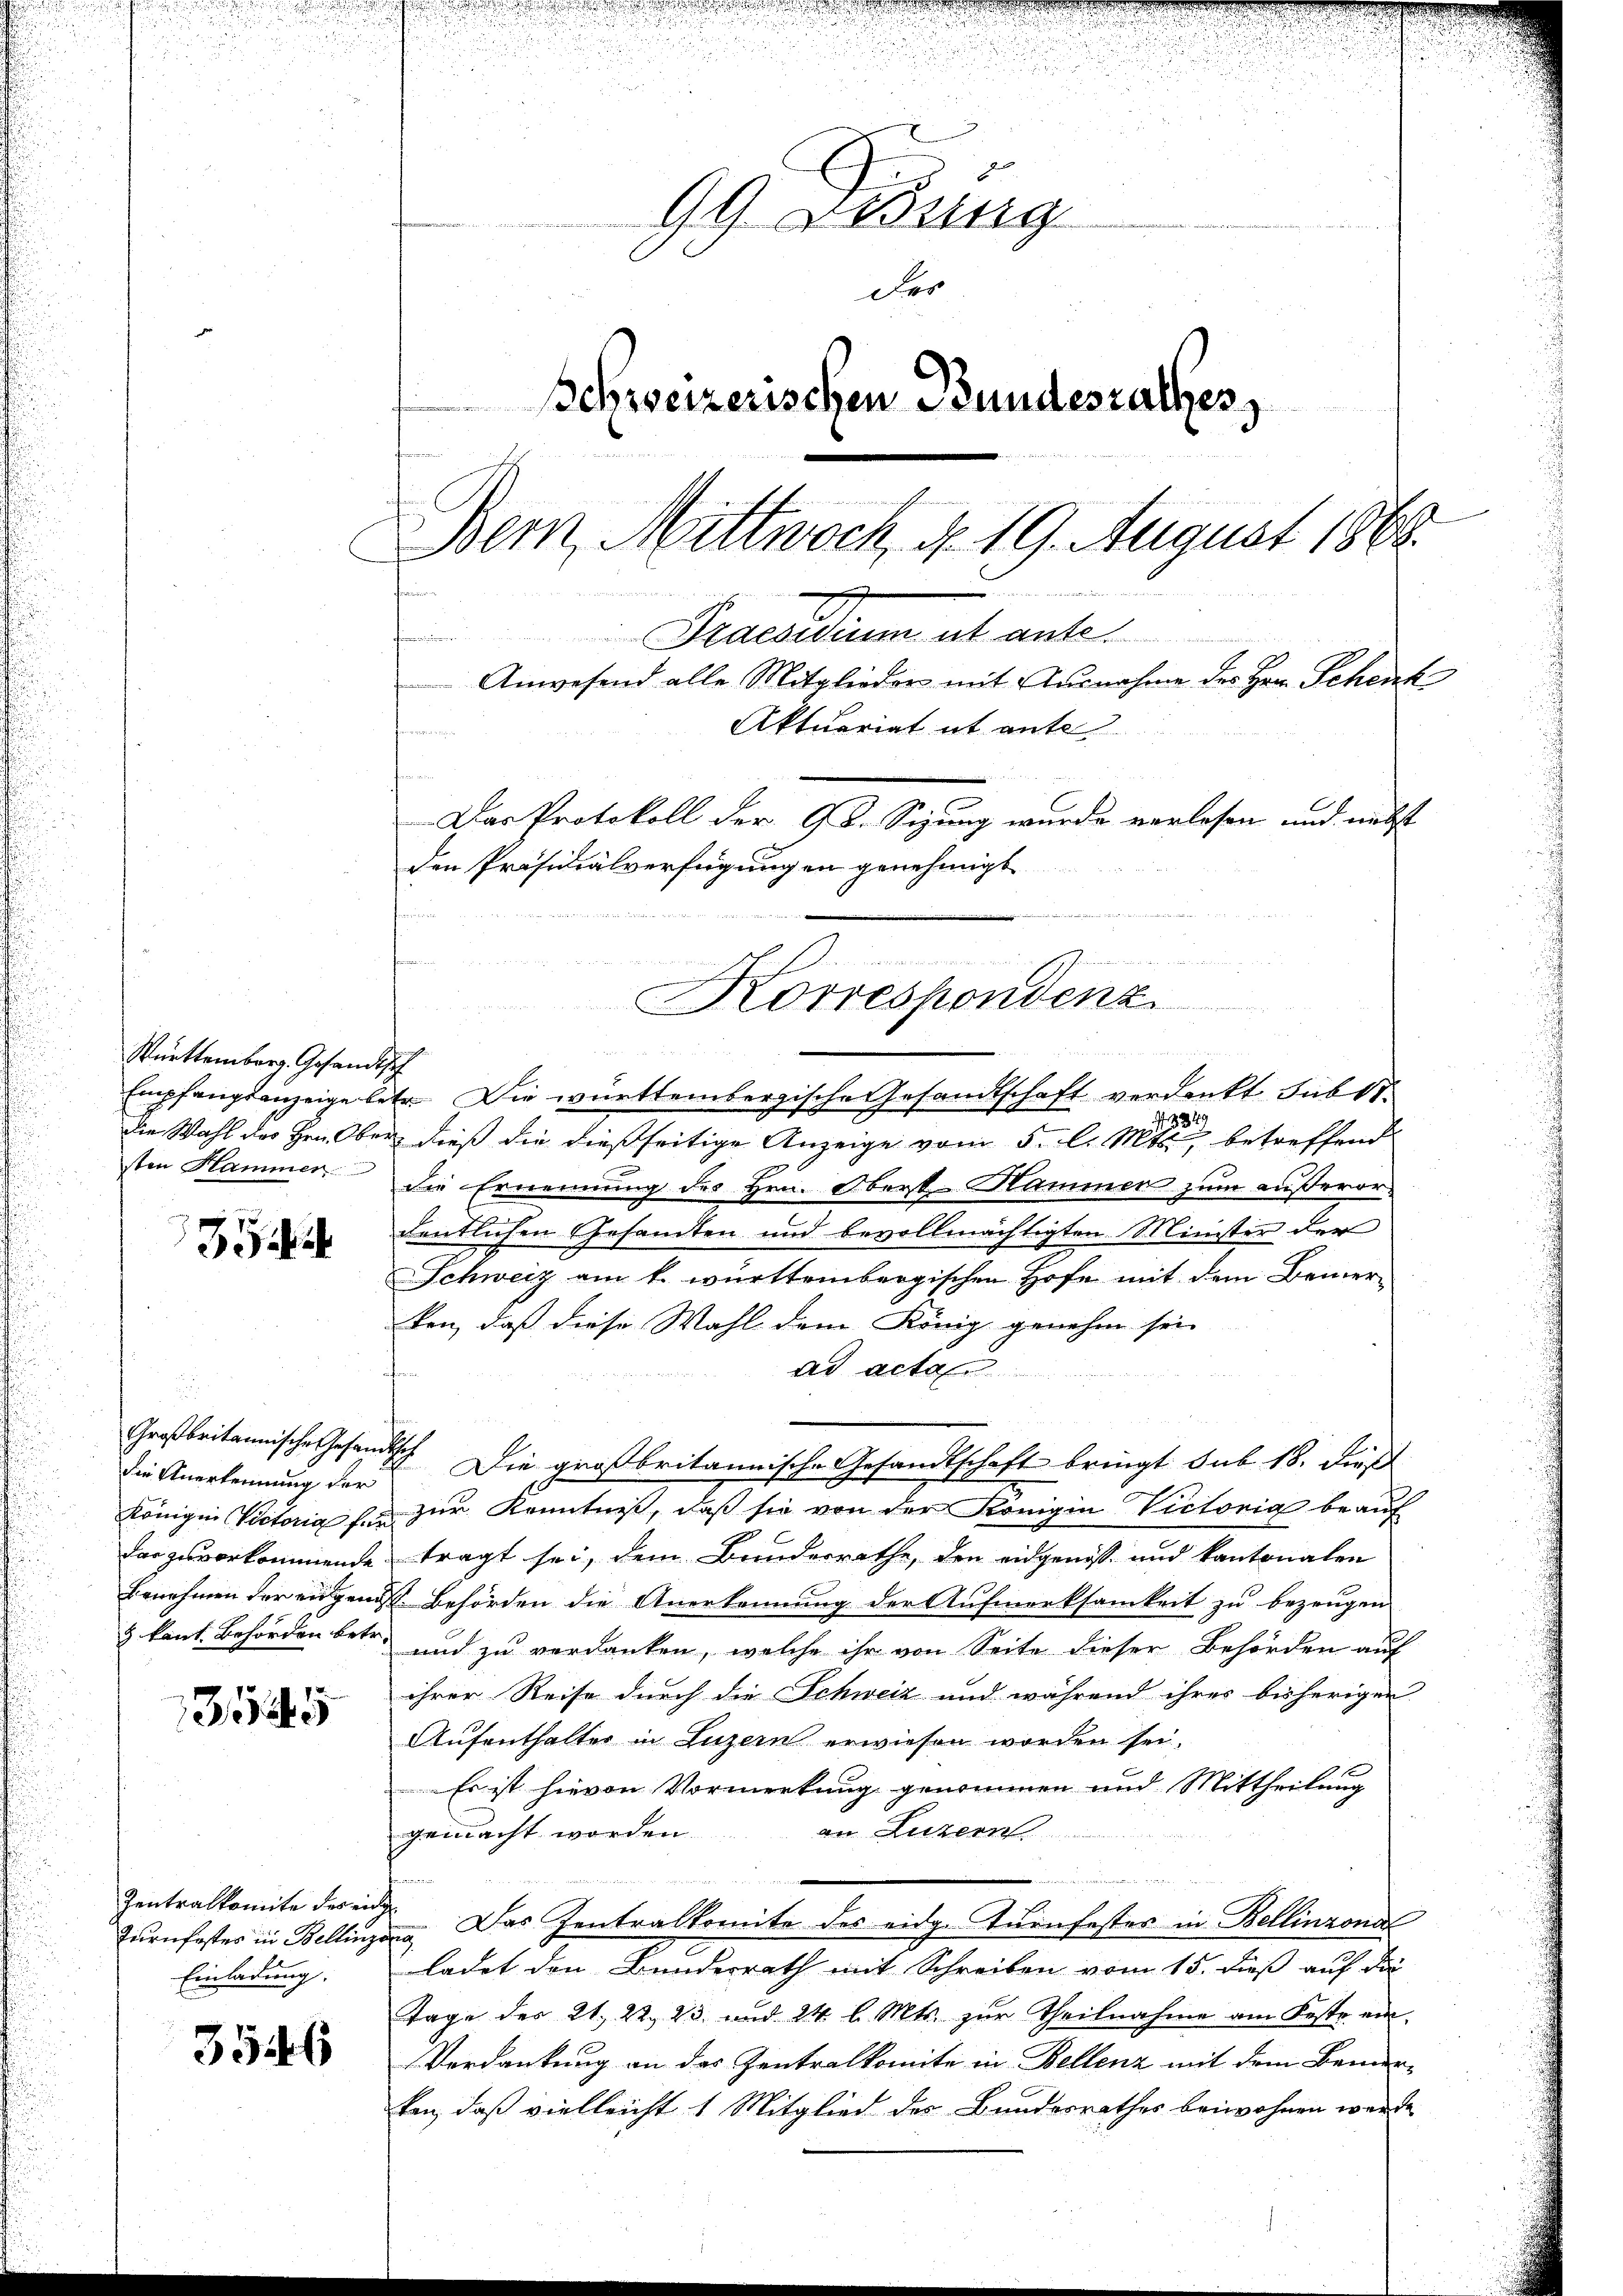
Württemberg. Gesandtsch

35

die Anerkennung der

35

Zentralkomite des eine
Einladung.

3546

i
99 Lesung
Der
Schreizerischen Bundesrathes,
Bern, Mittwoch, d. 19. August 1868.
wenn man und
Staesidum ut ante
finnun
Anwesend alle Mitglieder mit Ausnahme des Hrn. Schenk
Aktuariat it ante

Das Protokoll der 98. Sizung wurde verlesen und nebst
den Präsidialverfügungen genehmigt

Empfangsanzeige betr. Die württembergische Gesandtschaft verdankt sub 11
332.
die Wahl des Hrn. Ober dieß die dießseitige Anzeige vom 5. l. Mts., betreffend
sten Hammer die Ernennung des Hrn. Obert Hammen zum außerordentlichen Gesamten und bevollmächtigten Minister der
Schweiz am k. württembergischen Hofe mit dem Bemer-
ken, daß diese Wahl dem König genehm sei
ad acta
u
e
Großbritannische Gesandtsch. Die großbritannische Gesandtschaft bringt sub 18. dieß
Königin Victoria für zur Kenntniß, daß sie von der Königin Victonia beauf
darges vorkommende tragt sei, dem Bundesrathe, den eidgenos- und kantonalen
Benehmen der eigenst Behörden die Anerkennung der Aufmerksamkeit zu bezeugen
& kant. Behörden betr und zu verdanken, welche ihr von Seite dieser Behörden auf
ihrer Reise durch die Schweiz und während ihres bisherigen
Aufenthalter in Luzern erwiesen worden sei.
Es ist hievon Vormerkung genommen und Mittheilung
an Luzern
gemacht worden.
n
Zurnfester in Bellinzona. Das Zentralkomite des eidge Turnfestes in Bellinzona
ladet den Bundesrath mit Schreiben vom 15. dieß auf di
Tage der 21. 22. 23. und 24 l. Mts. zur Theilnahme am Feste ein-
Verdankung an das Zentralkomite in Bellenz mit dem Bemerken, daß vielleicht 1 Mitglied des Bundesrathes beiwohnen werde

n
Korrespondenz